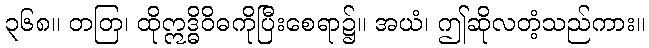
၃၆၈။ တတြ၊ ထိုဣဒ္ဓိဝိဓကိုပြီးစေရာ၌။ အယံ၊ ဤဆိုလတံ့သည်ကား။